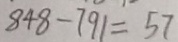
8 4 8 - 7 9 1 = 5 7